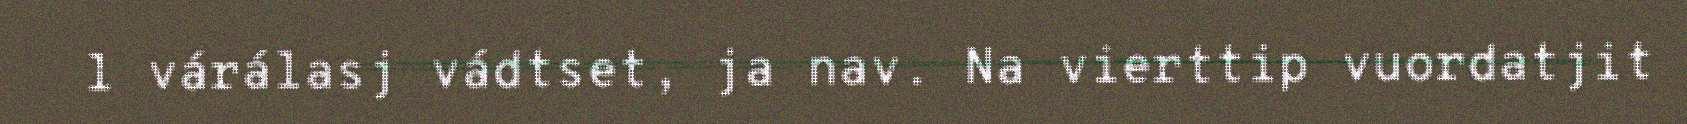
l várálasj vádtset, ja nav. Na vierttip vuordatjit